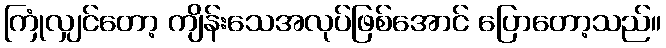
ကြုံလျှင်တော့ ကျိန်းသေအလုပ်ဖြစ်အောင် ပြောတော့သည်။